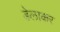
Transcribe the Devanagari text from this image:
डेलाकर